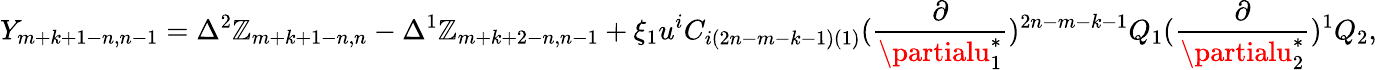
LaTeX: Y_{m+k+1-n,n-1}=\Delta^{2}\mathbb{Z}_{m+k+1-n,n}-\Delta^{1}\mathbb{Z}_{m+k+2-n,n-1}+\xi_{1}u^{i}C_{i(2n-m-k-1)(1)}({\frac{{\partial}}{{\partialu_{1}^{*}}}})^{2n-m-k-1}Q_{1}({\frac{{\partial}}{{\partialu_{2}^{*}}}})^{1}Q_{2},